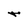
Character: t